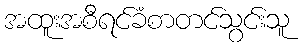
အထူးအစီရင်ခံစာတင်သွင်းသူ